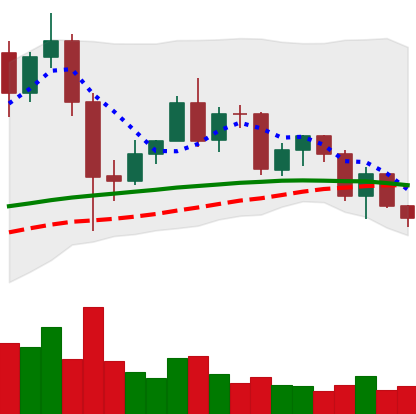
Ticker: LINK-USD
Chart end date: 2020-12-11
Forward return: 15.36%
Label: up_7plus